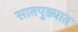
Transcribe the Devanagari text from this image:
सातपुड्यात